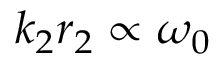
k _ { 2 } r _ { 2 } \propto \omega _ { 0 }